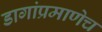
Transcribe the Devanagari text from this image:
डागांप्रमाणेच